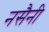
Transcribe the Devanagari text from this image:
नसैनी